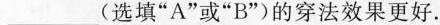
___(选填”A”或”B”)的穿法效果更好。